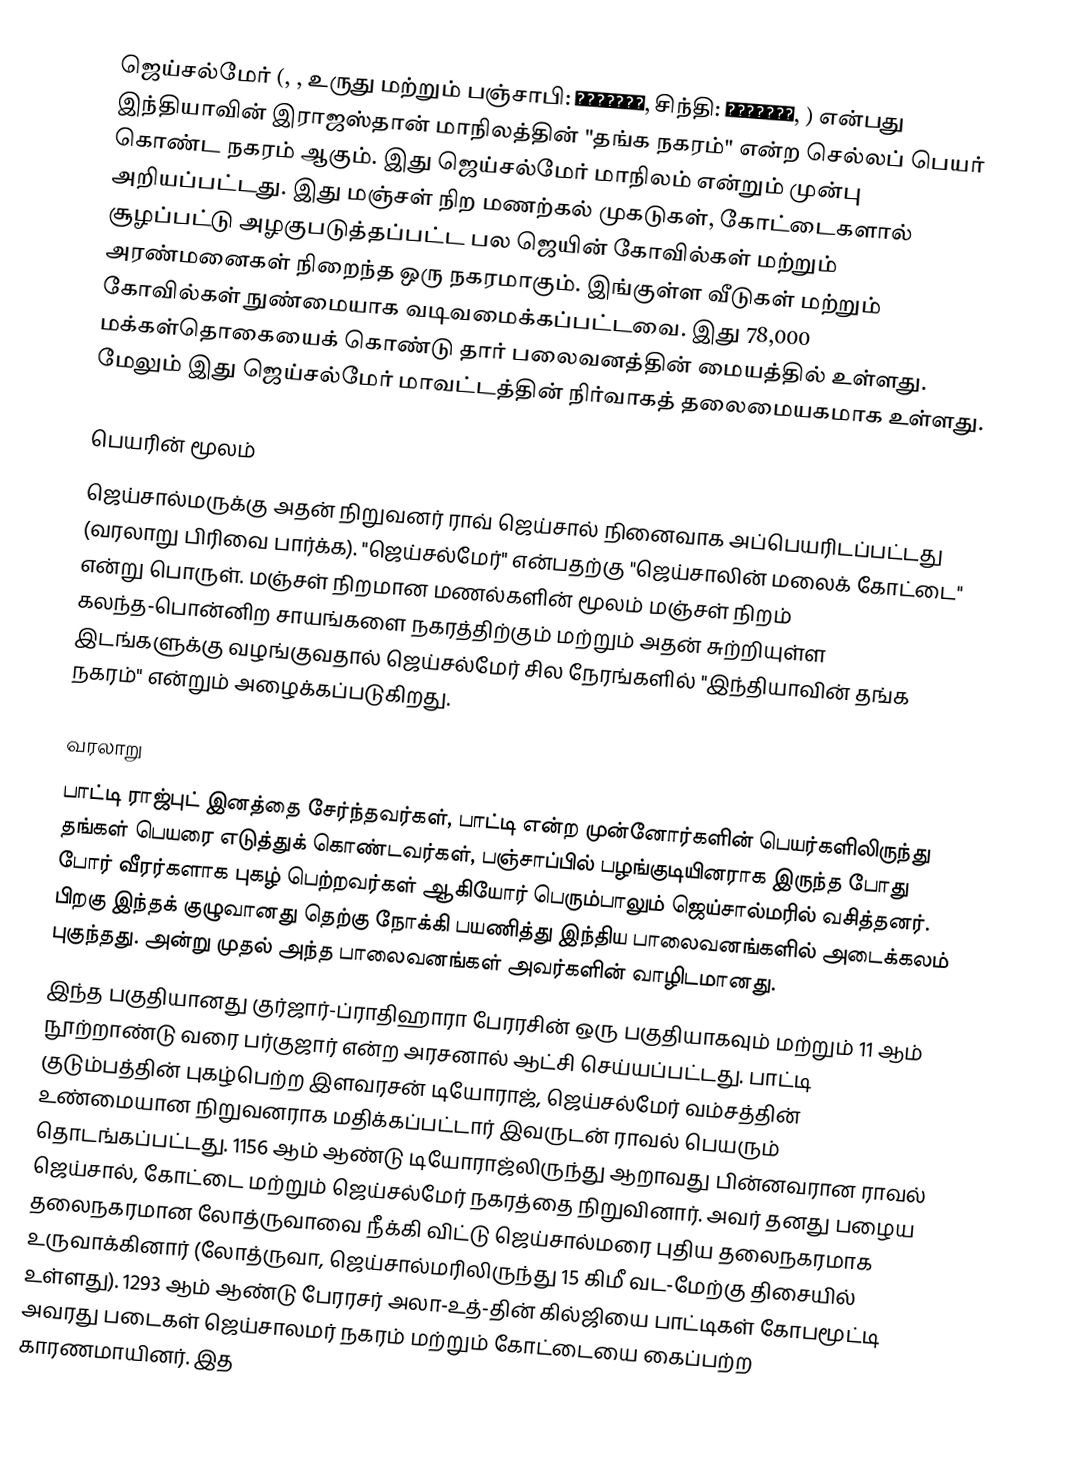
ஜெய்சல்மேர் (, , உருது மற்றும் பஞ்சாபி: جيسلمير, சிந்தி: جيسلمير, ) என்பது இந்தியாவின் இராஜஸ்தான் மாநிலத்தின் "தங்க நகரம்" என்ற செல்லப் பெயர் கொண்ட நகரம் ஆகும். இது ஜெய்சல்மேர் மாநிலம் என்றும் முன்பு அறியப்பட்டது. இது மஞ்சள் நிற மணற்கல் முகடுகள், கோட்டைகளால் சூழப்பட்டு அழகுபடுத்தப்பட்ட பல ஜெயின் கோவில்கள் மற்றும் அரண்மனைகள் நிறைந்த ஒரு நகரமாகும். இங்குள்ள வீடுகள் மற்றும் கோவில்கள் நுண்மையாக வடிவமைக்கப்பட்டவை. இது 78,000 மக்கள்தொகையைக் கொண்டு தார் பலைவனத்தின் மையத்தில் உள்ளது. மேலும் இது ஜெய்சல்மேர் மாவட்டத்தின் நிர்வாகத் தலைமையகமாக உள்ளது.

பெயரின் மூலம்
ஜெய்சால்மருக்கு அதன் நிறுவனர் ராவ் ஜெய்சால் நினைவாக அப்பெயரிடப்பட்டது (வரலாறு பிரிவை பார்க்க). "ஜெய்சல்மேர்" என்பதற்கு "ஜெய்சாலின் மலைக் கோட்டை" என்று பொருள். மஞ்சள் நிறமான மணல்களின் மூலம் மஞ்சள் நிறம் கலந்த-பொன்னிற சாயங்களை நகரத்திற்கும் மற்றும் அதன் சுற்றியுள்ள இடங்களுக்கு வழங்குவதால் ஜெய்சல்மேர் சில நேரங்களில் "இந்தியாவின் தங்க நகரம்" என்றும் அழைக்கப்படுகிறது.

வரலாறு
பாட்டி ராஜ்புட் இனத்தை சேர்ந்தவர்கள், பாட்டி என்ற முன்னோர்களின் பெயர்களிலிருந்து தங்கள் பெயரை எடுத்துக் கொண்டவர்கள், பஞ்சாப்பில் பழங்குடியினராக இருந்த போது போர் வீரர்களாக புகழ் பெற்றவர்கள் ஆகியோர் பெரும்பாலும் ஜெய்சால்மரில் வசித்தனர். பிறகு இந்தக் குழுவானது தெற்கு நோக்கி பயணித்து இந்திய பாலைவனங்களில் அடைக்கலம் புகுந்தது. அன்று முதல் அந்த பாலைவனங்கள் அவர்களின் வாழிடமானது.
இந்த பகுதியானது குர்ஜார்-ப்ராதிஹாரா பேரரசின் ஒரு பகுதியாகவும் மற்றும் 11 ஆம் நூற்றாண்டு வரை பர்குஜார் என்ற அரசனால் ஆட்சி செய்யப்பட்டது. பாட்டி குடும்பத்தின் புகழ்பெற்ற இளவரசன் டியோராஜ், ஜெய்சல்மேர் வம்சத்தின் உண்மையான நிறுவனராக மதிக்கப்பட்டார் இவருடன் ராவல் பெயரும் தொடங்கப்பட்டது. 1156 ஆம் ஆண்டு டியோராஜ்லிருந்து ஆறாவது பின்னவரான ராவல் ஜெய்சால், கோட்டை மற்றும் ஜெய்சல்மேர் நகரத்தை நிறுவினார். அவர் தனது பழைய தலைநகரமான லோத்ருவாவை நீக்கி விட்டு ஜெய்சால்மரை புதிய தலைநகரமாக உருவாக்கினார் (லோத்ருவா, ஜெய்சால்மரிலிருந்து 15 கிமீ வட-மேற்கு திசையில் உள்ளது). 1293 ஆம் ஆண்டு பேரரசர் அலா-உத்-தின் கில்ஜியை பாட்டிகள் கோபமூட்டி அவரது படைகள் ஜெய்சாலமர் நகரம் மற்றும் கோட்டையை கைப்பற்ற காரணமாயினர். இத